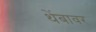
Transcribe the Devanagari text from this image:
थेंबावर